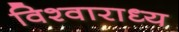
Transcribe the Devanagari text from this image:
विश्वाराध्य